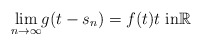
\begin{align*}\underset{n\rightarrow\infty}{\lim}g(t-s_{n})=f(t)t\text{ in}\mathbb{R}\end{align*}